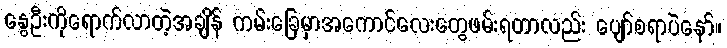
နွေဦးကိုရောက်လာတဲ့အချိန် ကမ်းခြေမှာအကောင်လေးတွေဖမ်းရတာလည်း ပျော်စရာပဲနော်။